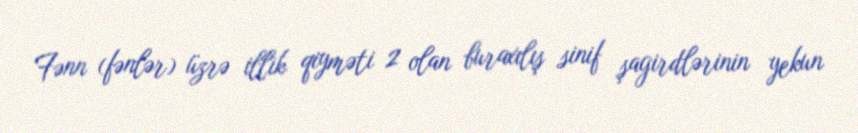
Fənn (fənlər) üzrə illik qiyməti 2 olan buraxılış sinif şagirdlərinin yekun